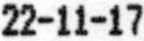
22-11-17